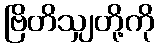
ဗြိတိသျှတို့ကို